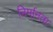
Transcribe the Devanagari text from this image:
निर्मानता